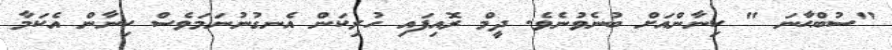
"ސުބްޙާނަ " ކިނާންއަށް ބުނެވުނެވެ. ދީމް ރޮއިފައި ހުރިކަން އެނގުނުނަމަވެސް ކިނާން އެކަމާ